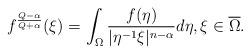
LaTeX: \begin{align*}f^\frac{Q-\alpha}{Q+\alpha}(\xi)=\int_\Omega \frac{f(\eta)}{|\eta^{-1}\xi|^{n-\alpha}}d\eta,\xi\in \overline \Omega.\end{align*}